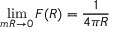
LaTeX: \operatorname * { l i m } _ { m R \rightarrow 0 } { \cal F } ( R ) = \frac { 1 } { 4 \pi R }